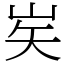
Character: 㞺